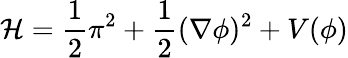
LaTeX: {\cal H}=\frac{1}{2}\pi^{2}+\frac{1}{2}(\nabla\phi)^{2}+V(\phi)